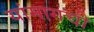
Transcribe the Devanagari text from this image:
यांमागची